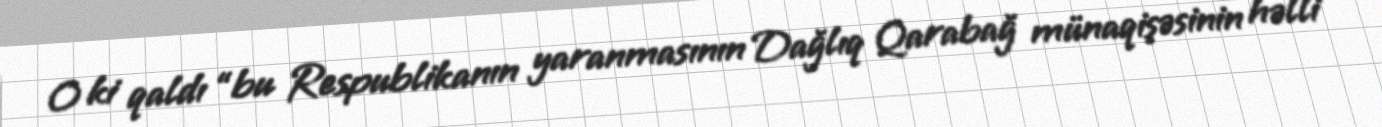
O ki qaldı “bu Respublikanın yaranmasının Dağlıq Qarabağ münaqişəsinin həlli